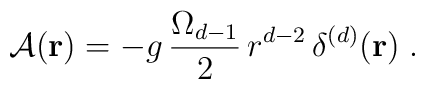
{\mathcal A} ({\bf r})=- g \,\frac{ \Omega_{d-1}}{2}\,r^{d-2}\,\delta^{(d)} ({\bf r})\;  .